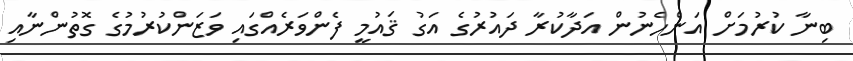
ބިނާ ކުރުމަށް އަންހެނުން އަދާކުރާ ދައުރުގެ އަގު ޤައުމީ ފެންވަރެއްގައި ވަޒަންކުރުމުގެ ގޮތުންނާއި